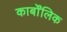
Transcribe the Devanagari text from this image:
कार्बोंलिक